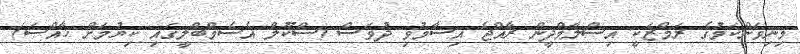
މިނިވަންކަމުގެ ރަމްޒަކީ އިސްލާމްދީން ރާއްޖެ އިސާމުވި ދުވަސް (ސްކޫލް އެސެމްބްލީގައި ކިޔުމަށް ޚާއްޞަ)